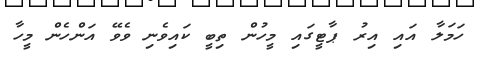
ހަމަލާ އައި އިރު ޕާޓީގައި މީހުން ތިބީ ކައިވެނި ވެވޭ އަންހެން މީހާ